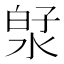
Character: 𬇻